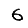
Digit: 6